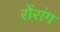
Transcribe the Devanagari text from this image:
रोंरांग